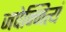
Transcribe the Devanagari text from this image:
जपेन्नित्यं